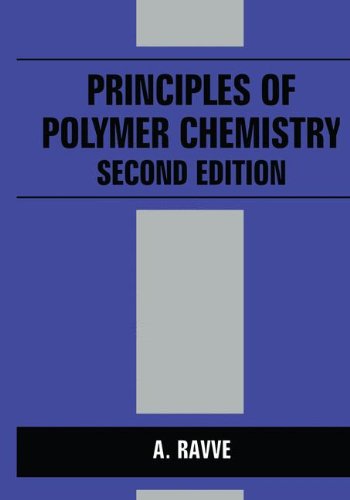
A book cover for Principles of Polymer Chemistry; A. Ravve; Science & Math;